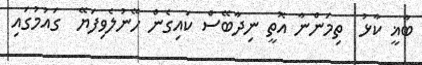
ބާޣީ ކާޅު  ތިމަންނާ އޮތީ ނިދާބޭސް ކައިގެން ހޭނުލެވިފަޔޭ  ގައުމުގައި